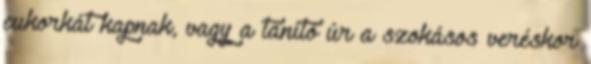
cukorkát kapnak, vagy a tanító úr a szokásos veréskor